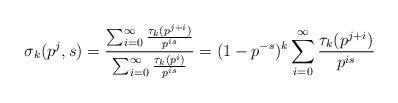
LaTeX: \begin{align*} \sigma_{k}(p^j,s) = \frac{\sum_{i=0}^{\infty} \frac{\tau_{k}(p^{j+i})}{p^{is}}}{ \sum_{i=0}^{\infty} \frac{\tau_{k}(p^i)}{p^{is}}} = (1-p^{-s})^{k} \sum_{i=0}^{\infty} \frac{\tau_{k}(p^{j+i})}{p^{is}} \end{align*}